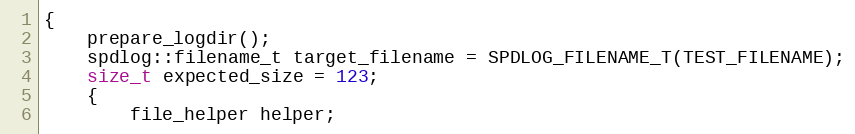
Language: C++
{
    prepare_logdir();
    spdlog::filename_t target_filename = SPDLOG_FILENAME_T(TEST_FILENAME);
    size_t expected_size = 123;
    {
        file_helper helper;